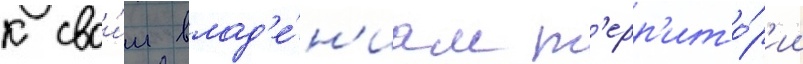
к свои́м влад'е́н'иам т'ерр'ито́р'ии